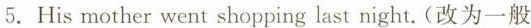
5.His mother went shopping last night. (改为一般